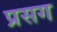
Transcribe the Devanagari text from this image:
प्रसग